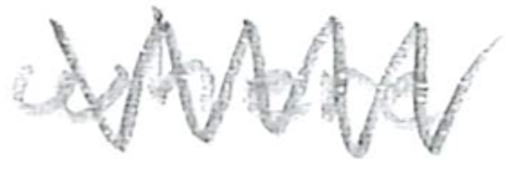
Text: where
Cross-out: zig-zag
Writing tool: pencil